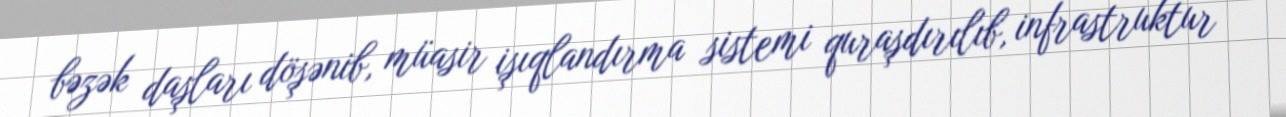
bəzək daşları döşənib, müasir işıqlandırma sistemi quraşdırılıb, infrastruktur